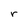
Character: r